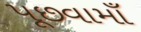
પૂછવામાઁ